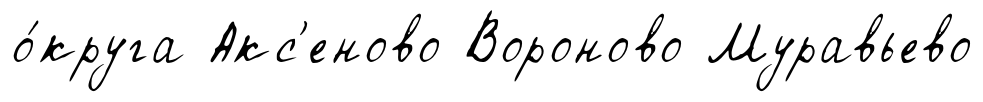
о́круга Акс'еново Вороново Муравьево